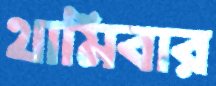
থামিবার